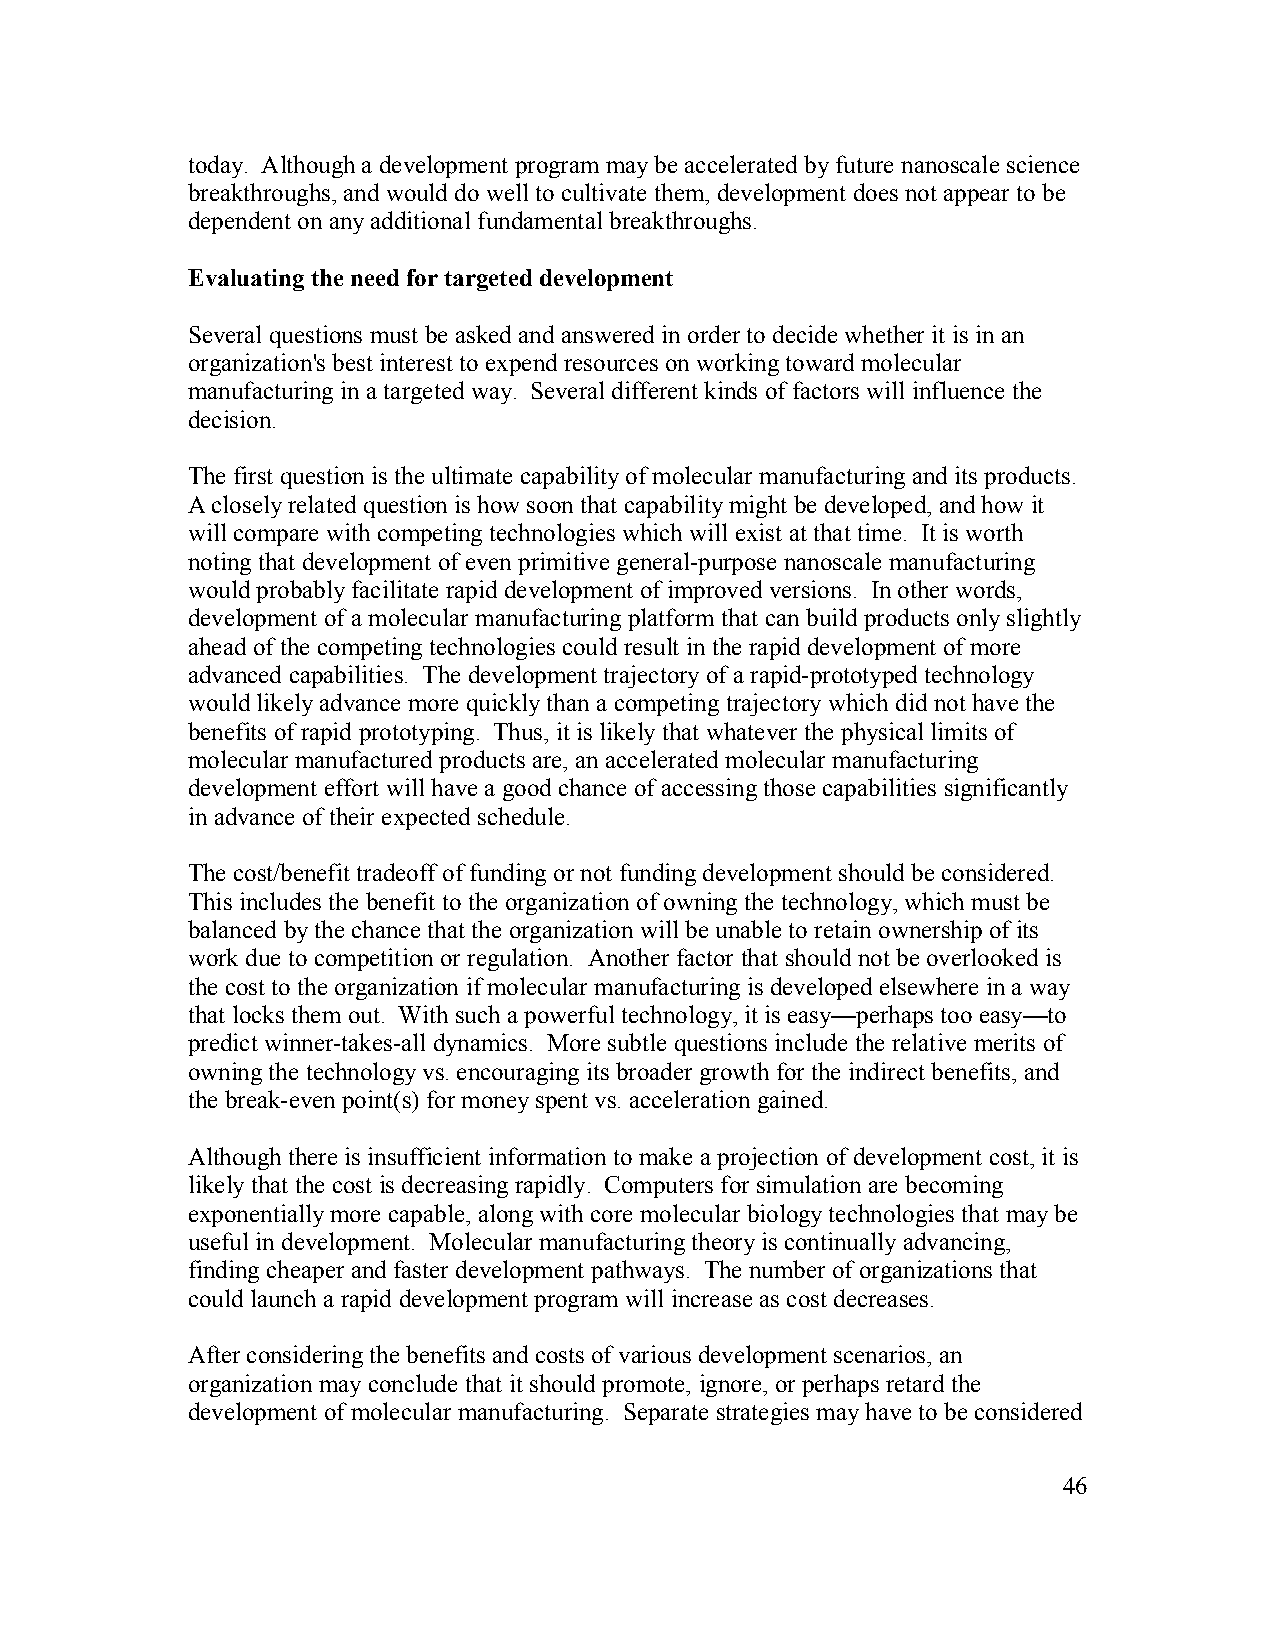
today. Although a development program may be accelerated by future nanoscale science
 breakthroughs, and would do well to cultivate them, development does not appear to be
 dependent on any additional fundamental breakthroughs.
 Evaluating the need for targeted development
 Several questions must be asked and answered in order to decide whether it is in an
 organization's best interest to expend resources on working toward molecular
 manufacturing in a targeted way. Several different kinds of factors will influence the
 decision.
 The first question is the ultimate capability of molecular manufacturing and its products.
 A closely related question is how soon that capability might be developed, and how it
 will compare with competing technologies which will exist at that time. It is worth
 noting that development of even primitive general-purpose nanoscale manufacturing
 would probably facilitate rapid development of improved versions. In other words,
 development of a molecular manufacturing platform that can build products only slightly
 ahead of the competing technologies could result in the rapid development of more
 advanced capabilities. The development trajectory of a rapid-prototyped technology
 would likely advance more quickly than a competing trajectory which did not have the
 benefits of rapid prototyping. Thus, it is likely that whatever the physical limits of
 molecular manufactured products are, an accelerated molecular manufacturing
 development effort will have a good chance of accessing those capabilities significantly
 in advance of their expected schedule.
 The cost/benefit tradeoff of funding or not funding development should be considered.
 This includes the benefit to the organization of owning the technology, which must be
 balanced by the chance that the organization will be unable to retain ownership of its
 work due to competition or regulation. Another factor that should not be overlooked is
 the cost to the organization if molecular manufacturing is developed elsewhere in a way
 that locks them out. With such a powerful technology, it is easy—perhaps too easy—to
 predict winner-takes-all dynamics. More subtle questions include the relative merits of
 owning the technology vs. encouraging its broader growth for the indirect benefits, and
 the break-even point(s) for money spent vs. acceleration gained.
 Although there is insufficient information to make a projection of development cost, it is
 likely that the cost is decreasing rapidly. Computers for simulation are becoming
 exponentially more capable, along with core molecular biology technologies that may be
 useful in development. Molecular manufacturing theory is continually advancing,
 finding cheaper and faster development pathways. The number of organizations that
 could launch a rapid development program will increase as cost decreases.
 After considering the benefits and costs of various development scenarios, an
 organization may conclude that it should promote, ignore, or perhaps retard the
 development of molecular manufacturing. Separate strategies may have to be considered
 46